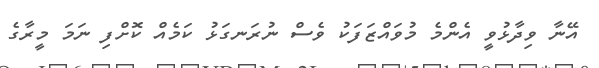
އޭނާ ވިދާޅުވީ އެންމެ މުވައްޒަފަކު ވެސް ނުރަނގަޅު ކަމެއް ކޮށްފި ނަމަ މީރާގެ